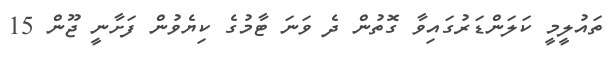
ތައުލީމީ ކަލަންޑަރުގައިވާ ގޮތުން ދެ ވަނަ ޓާމުގެ ކިޔެވުން ފަށާނީ ޖޫން 15